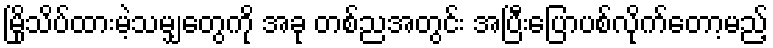
မြိုသိပ်ထားမဲ့သမျှတွေကို အခု တစ်ညအတွင်း အပြီးပြောပစ်လိုက်တော့မည့်